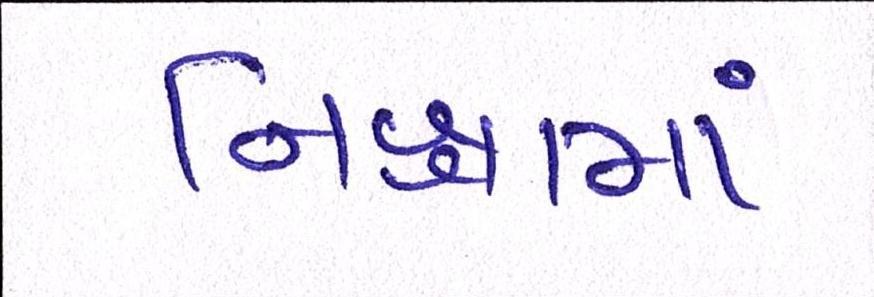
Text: નિશ્રામાં